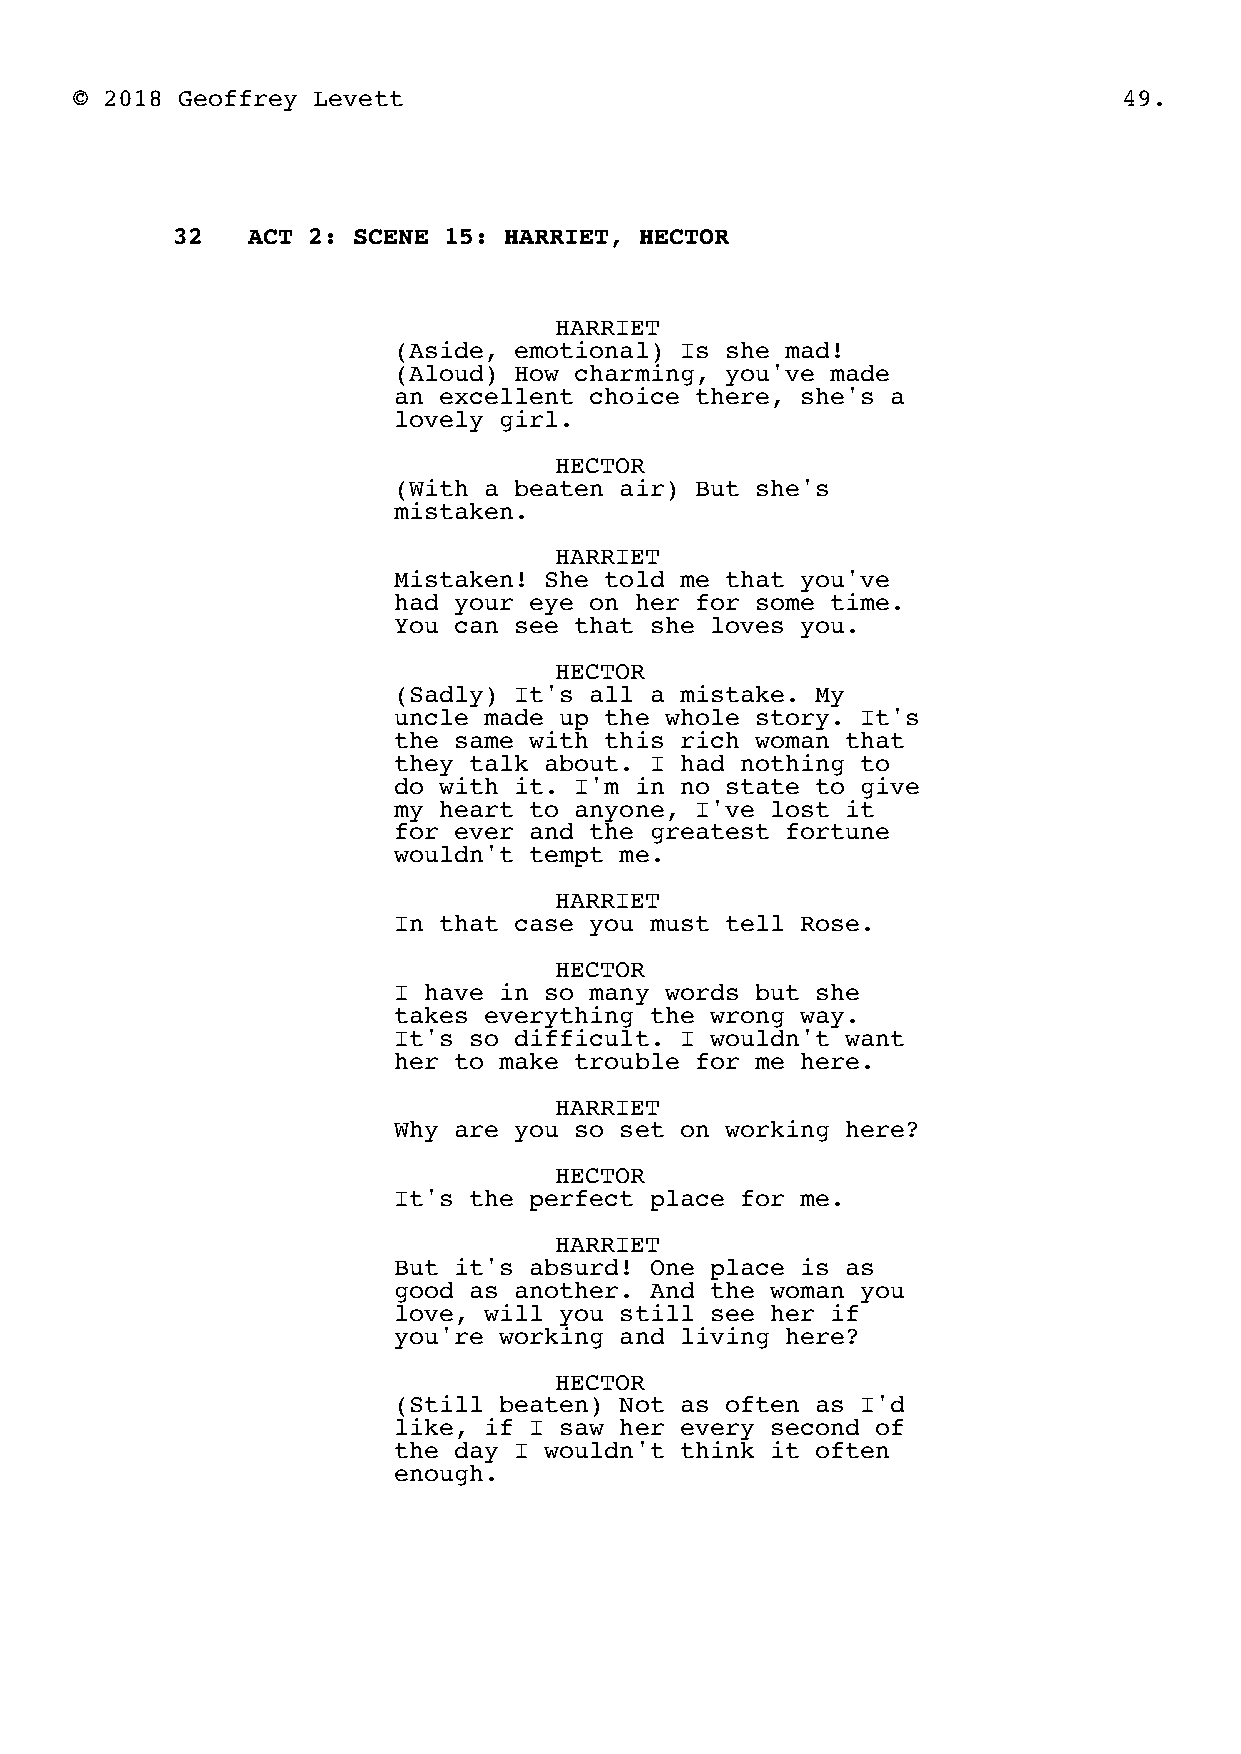
© 2018 Geoffrey Levett                                               49.
 32   ACT 2: SCENE 15: HARRIET, HECTOR
 HARRIET
 (Aside, emotional) Is she mad!
 (Aloud) How charming, you've made
 an excellent choice there, she's a
 lovely girl.
 HECTOR
 (With a beaten air) But she's
 mistaken.
 HARRIET
 Mistaken! She told me that you've
 had your eye on her for some time.
 You can see that she loves you.
 HECTOR
 (Sadly) It's all a mistake. My
 uncle made up the whole story. It's
 the same with this rich woman that
 they talk about. I had nothing to
 do with it. I'm in no state to give
 my heart to anyone, I've lost it
 for ever and the greatest fortune
 wouldn't tempt me.
 HARRIET
 In that case you must tell Rose.
 HECTOR
 I have in so many words but she
 takes everything the wrong way.
 It's so difficult. I wouldn't want
 her to make trouble for me here.
 HARRIET
 Why are you so set on working here?
 HECTOR
 It's the perfect place for me.
 HARRIET
 But it's absurd! One place is as
 good as another. And the woman you
 love, will you still see her if
 you're working and living here?
 HECTOR
 (Still beaten) Not as often as I'd
 like, if I saw her every second of
 the day I wouldn't think it often
 enough.